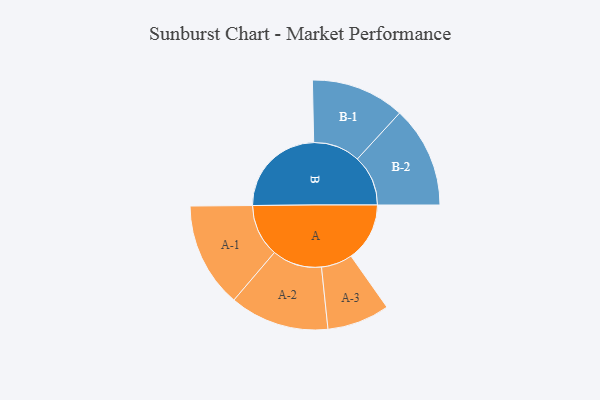
{"axis": {"x": "Segment", "y": "Value"}, "legend": ["", "A", "B"], "data": [{"x": "A", "y": 229, "type": ""}, {"x": "B", "y": 373, "type": ""}, {"x": "A-1", "y": 205, "type": "A"}, {"x": "A-2", "y": 194, "type": "A"}, {"x": "A-3", "y": 122, "type": "A"}, {"x": "B-1", "y": 183, "type": "B"}, {"x": "B-2", "y": 198, "type": "B"}]}